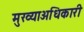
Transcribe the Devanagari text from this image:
मुख्याअधिकारी